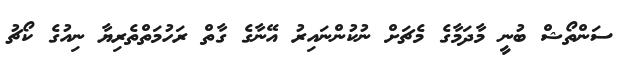
ސަންތޯޝް ބުނީ މާދަމާގެ މެޗަށް ނުކުންނައިރު އޭނާގެ ގާތް ރަހުމަތްތެރިޔާ ނިއުގެ ކޯޗު